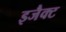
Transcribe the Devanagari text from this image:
इजैक्ट